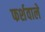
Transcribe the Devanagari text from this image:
फर्शवाले